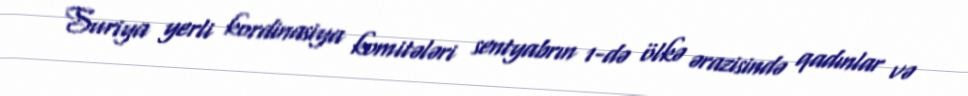
Suriya yerli kordinasiya komitələri sentyabrın 1-də ölkə ərazisində qadınlar və